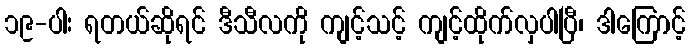
၁၉-ပါး ရတယ်ဆိုရင် ဒီသီလကို ကျင့်သင့် ကျင့်ထိုက်လှပါပြီ၊ ဒါကြောင့်